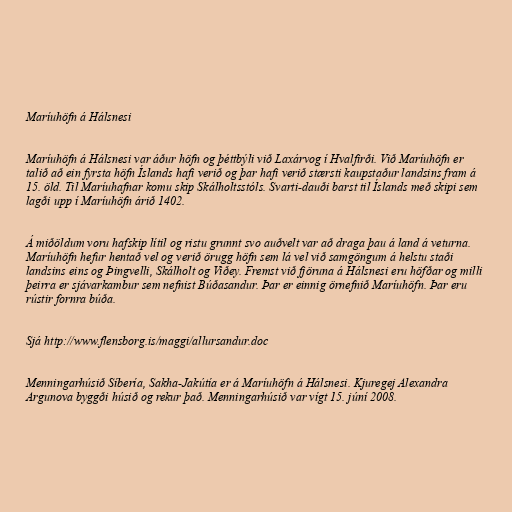
Maríuhöfn á Hálsnesi

Maríuhöfn á Hálsnesi var áður höfn og þéttbýli við Laxárvog í Hvalfirði. Við Maríuhöfn er
talið að ein fyrsta höfn Íslands hafi verið og þar hafi verið stærsti kaupstaður landsins fram á
15. öld. Til Maríuhafnar komu skip Skálholtsstóls. Svarti-dauði barst til Íslands með skipi sem
lagði upp í Maríuhöfn árið 1402.

Á miðöldum voru hafskip lítil og ristu grunnt svo auðvelt var að draga þau á land á veturna.
Maríuhöfn hefur hentað vel og verið örugg höfn sem lá vel við samgöngum á helstu staði
landsins eins og Þingvelli, Skálholt og Viðey. Fremst við fjöruna á Hálsnesi eru höfðar og milli
þeirra er sjávarkambur sem nefnist Búðasandur. Þar er einnig örnefnið Maríuhöfn. Þar eru
rústir fornra búða.

Sjá http://www.flensborg.is/maggi/allursandur.doc

Menningarhúsið Síbería, Sakha-Jakútía er á Maríuhöfn á Hálsnesi. Kjuregej Alexandra
Argunova byggði húsið og rekur það. Menningarhúsið var vígt 15. júní 2008.